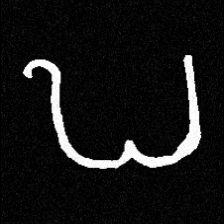
Pyu character \u2014 Myanmar letter: ဎ (romanized: ddha)